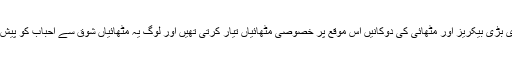
مصر کی بڑی بڑی بیکریز اور مٹھائی کی دوکانیں اس موقع پر خصوصی مٹھائیاں تیار کرتی تھیں اور لوگ یہ مٹھائیاں شوق سے احباب کو پیش کرتے تھے۔